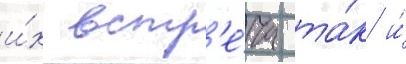
и́х встр'е́ча та́к и́